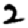
Digit: 2